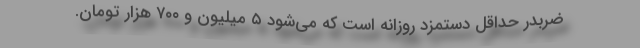
ضربدر حداقل دستمزد روزانه است که می‌شود ۵ میلیون و ۷۰۰ هزار تومان.